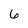
Character: 6